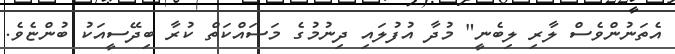
އެތަނުންވެސް ލާރި ލިބެނީ" މުދާ އުފުލައި ދިނުމުގެ މަސައްކަތް ކުރާ ބިދޭސީއަކު ބުންޏެވެ.